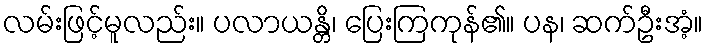
လမ်းဖြင့်မူလည်း။ ပလာယန္တိ၊ ပြေးကြကုန်၏။ ပန၊ ဆက်ဦးအံ့။